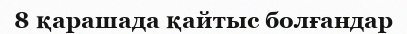
8 қарашада қайтыс болғандар